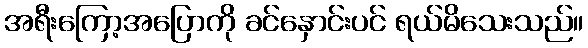
အရီးကြော့အပြောကို ခင်နှောင်းပင် ရယ်မိသေးသည်။